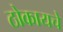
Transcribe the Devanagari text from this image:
ठोकायचे